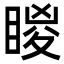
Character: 䁓